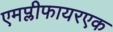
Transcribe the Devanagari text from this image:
एमप्लीफायरएक